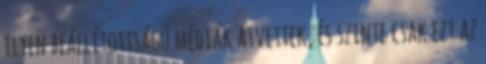
ilyen beállítottságú médiák átvettek, és szinte csak ezt az